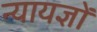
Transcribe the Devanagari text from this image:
न्यायज्ञों